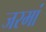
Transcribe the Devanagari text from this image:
जरमां